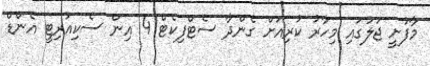
މާފުށީ ޖަލުގައި މިހާރު ކުރިއަށް ގެންދާ ސެޓްފިކެޓް 4 އިން ސެކިއުރިޓީ އެންޑް